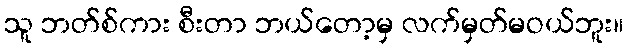
သူ ဘတ်စ်ကား စီးတာ ဘယ်တော့မှ လက်မှတ်မဝယ်ဘူး။